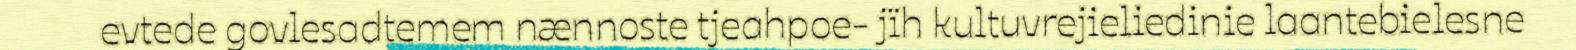
evtede govlesadtemem nænnoste tjeahpoe- jïh kultuvrejieliedinie laantebielesne